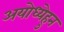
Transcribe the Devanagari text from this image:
अयोध्येहुन